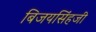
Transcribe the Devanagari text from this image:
बिजयसिंहजी